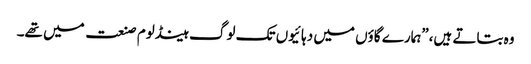
وہ بتاتے ہیں،”ہمارے گاؤں میں دہائیوں تک لوگ ہینڈلوم صنعت میں تھے۔